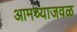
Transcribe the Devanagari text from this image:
आमच्याजवळ